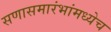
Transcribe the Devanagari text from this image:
सणासमारंभांमध्येच